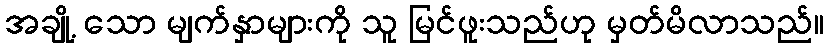
အချို့ သော မျက်နှာများကို သူ မြင်ဖူးသည်ဟု မှတ်မိလာသည်။